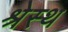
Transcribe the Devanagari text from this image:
श्रेस्थ